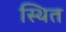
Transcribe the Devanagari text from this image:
स्थित